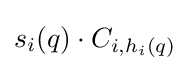
s_{i}(q)\cdot C_{i,h_{i}(q)}